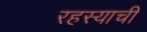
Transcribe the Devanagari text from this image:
रहस्याची